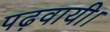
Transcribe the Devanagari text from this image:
पढ़वायी।